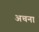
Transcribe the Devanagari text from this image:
अचना